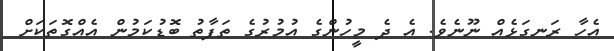
އެހާ ރަނގަޅެއް ނޫނެވެ. އެ ދެ މީހުންގެ އުމުރުގެ ތަފާތު ބޮޑުކަމުން އެއްގޮތަކަށް